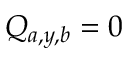
Q _ { a , y , b } = 0